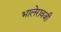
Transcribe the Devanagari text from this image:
भालेरावजी